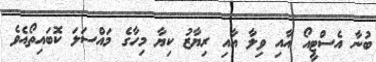
ބުނާ އެސްޓީއޯ އާއި ވިލާ އާއި ރިޔާޒު ކިޔާ މިހާގެ މައްސަލަ ކޮބައިތޯއެވެ